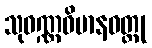
သုဝဏ္ဏဝိမာနဝတ္ထု